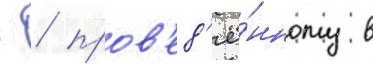
- / пров'ед'ё́нному в